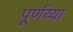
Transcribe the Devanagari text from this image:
पूर्णय्या